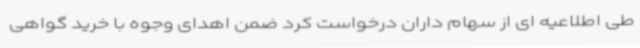
طی اطلاعیه ای از سهام داران درخواست کرد ضمن اهدای وجوه با خرید گواهی